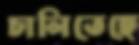
চালিতেছে